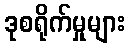
ဒုစရိုက်မှုများ